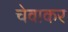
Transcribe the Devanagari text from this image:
चेवाकर